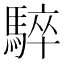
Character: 𩤏